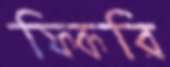
ফিকরি